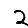
Digit: 2